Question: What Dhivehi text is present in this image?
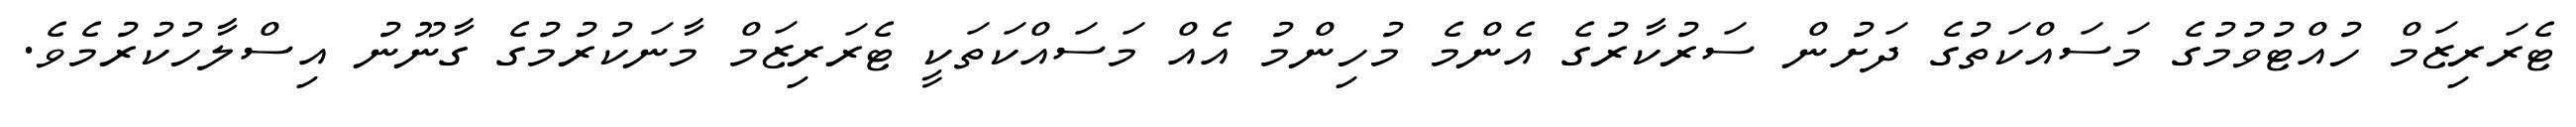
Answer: ޓެރަރިޒަމް ހުއްޓުވުމުގެ މަސައްކަތުގެ ދަށުން ސަރުކާރުގެ އެންމެ މުހިންމު އެއް މަސައްކަތަކީ ޓެރަރިޒަމް މާނަކުރުމުގެ ގާނޫނު އިސްލާހުކުރުމެވެ.